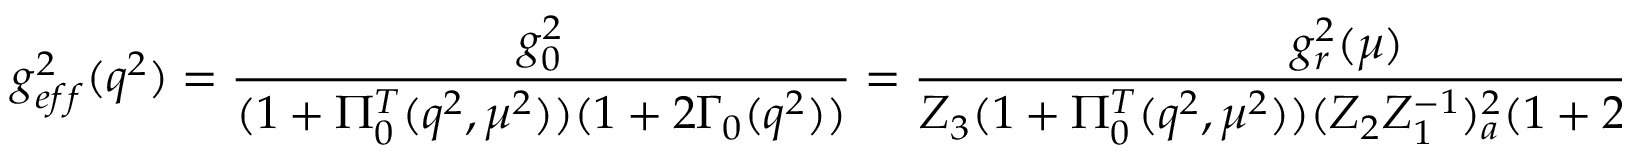
g _ { e f f } ^ { 2 } ( q ^ { 2 } ) = \frac { g _ { 0 } ^ { 2 } } { ( 1 + \Pi _ { 0 } ^ { T } ( q ^ { 2 } , \mu ^ { 2 } ) ) ( 1 + 2 \Gamma _ { 0 } ( q ^ { 2 } ) ) } = \frac { g _ { r } ^ { 2 } ( \mu ) } { Z _ { 3 } ( 1 + \Pi _ { 0 } ^ { T } ( q ^ { 2 } , \mu ^ { 2 } ) ) ( Z _ { 2 } Z _ { 1 } ^ { - 1 } ) _ { a } ^ { 2 } ( 1 + 2 \Gamma _ { 0 } ( q ^ { 2 } ) ) } \, ,